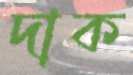
দাক